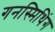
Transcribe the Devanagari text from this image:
गनस्मिथिंग